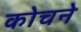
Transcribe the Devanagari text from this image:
कोचने